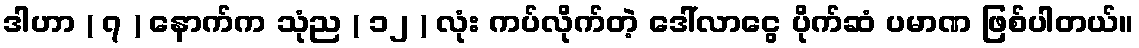
ဒါဟာ ( ၇ ) နောက်က သုံည ( ၁၂ ) လုံး ကပ်လိုက်တဲ့ ဒေါ်လာငွေ ပိုက်ဆံ ပမာဏ ဖြစ်ပါတယ်။